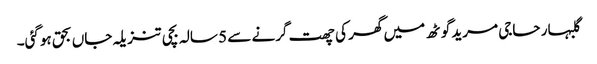
گلبہار حاجی مرید گوٹھ میں گھر کی چھت گرنے سے 5 سالہ بچی تنزیلہ جاں بحق ہوگئی۔